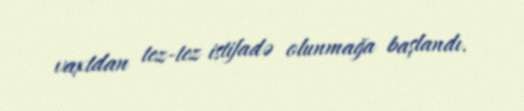
vaxtdan tez-tez istifadə olunmağa başlandı.